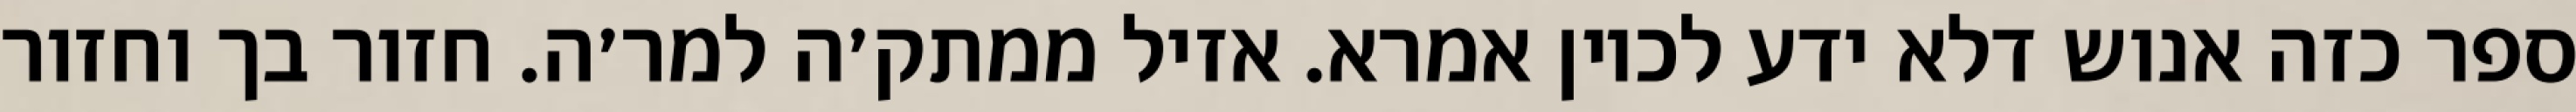
ספר כזה אנוש דלא ידע לכוין אמרא. אזיל ממתק׳ה למר׳ה. חזור בך וחזור